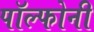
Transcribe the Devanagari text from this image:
पॉल्फोनी